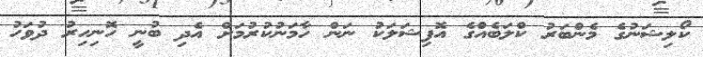
ކޯލިޝަނުގެ މެންބަރު ކްލަބެއްގެ އޮފިޝަލަކު ނަން ހާމަނުކުރުމަށް އެދި ބުނީ ހޮނިހިރު ދުވަހު